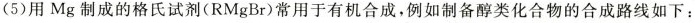
(5)用Mg制成的格氏试剂(RMgBr)常用于有机合成，例如制备醇类化合物的合成路线如下：